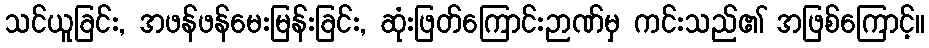
သင်ယူခြင်း, အဖန်ဖန်မေးမြန်းခြင်း, ဆုံးဖြတ်ကြောင်းဉာဏ်မှ ကင်းသည်၏ အဖြစ်ကြောင့်။